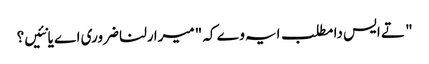
" تے ایس دا مطلب ایہ وے کہ "میرا رلنا ضروری اے یا نئیں؟